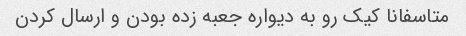
متاسفانا کیک رو به دیواره جعبه زده بودن و ارسال کردن